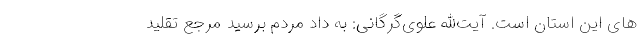
های این استان است. آیت‌الله علوی‌گرگانی: به داد مردم برسید مرجع تقلید